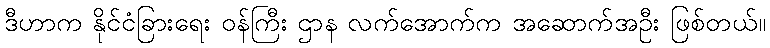
ဒီဟာက နိုင်ငံခြားရေး ဝန်ကြီး ဌာန လက်အောက်က အဆောက်အဦး ဖြစ်တယ်။